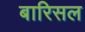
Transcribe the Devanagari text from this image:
बारिसल